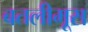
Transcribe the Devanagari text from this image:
बतलीमूस